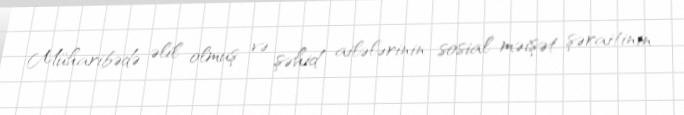
Müharibədə əlil olmuş və şəhid ailələrinin sosial-məişət şəraitinin